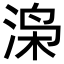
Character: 𬇼